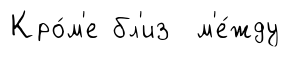
Кро́м'е бл'из м'е́жду